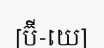
[ប៊ី-យេ]